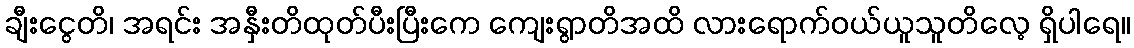
ချီးငွေတိ၊ အရင်း အနှီးတိထုတ်ပီးပြီးကေ ကျေးရွာတိအထိ လားရောက်ဝယ်ယူသူတိလေ့ ရှိပါရေ။